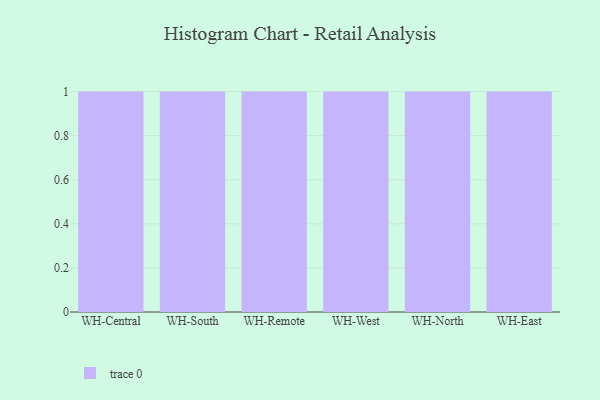
{"axis": {"x": "Warehouse", "y": "Operating Costs (USD K)"}, "legend": [""], "data": [{"x": "WH-Central", "y": 79, "type": ""}, {"x": "WH-South", "y": 17, "type": ""}, {"x": "WH-Remote", "y": 12, "type": ""}, {"x": "WH-West", "y": 28, "type": ""}, {"x": "WH-North", "y": 59, "type": ""}, {"x": "WH-East", "y": 64, "type": ""}]}